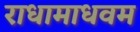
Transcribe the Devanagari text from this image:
राधामाधवम